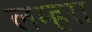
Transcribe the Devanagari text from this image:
लम्हरा